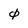
Character: 0